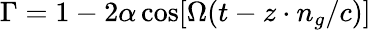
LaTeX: \Gamma=1-2\alpha\cos[\Omega(t-z\cdot n_{g}/c)]